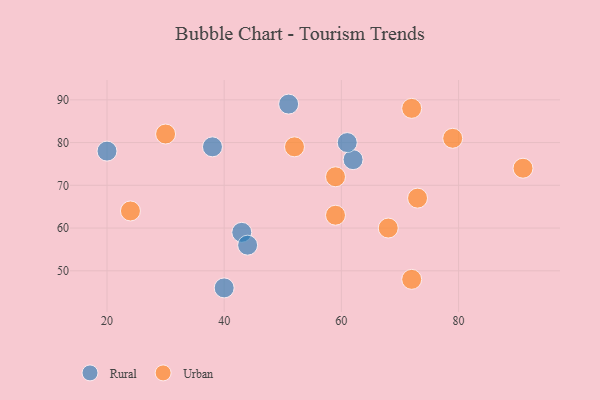
{"axis": {"x": "GDP", "y": "Life Expectancy"}, "legend": ["Rural", "Urban"], "data": [{"x": "43", "y": 59, "type": "Rural"}, {"x": "51", "y": 89, "type": "Rural"}, {"x": "44", "y": 56, "type": "Rural"}, {"x": "62", "y": 76, "type": "Rural"}, {"x": "40", "y": 46, "type": "Rural"}, {"x": "38", "y": 79, "type": "Rural"}, {"x": "61", "y": 80, "type": "Rural"}, {"x": "20", "y": 78, "type": "Rural"}, {"x": "72", "y": 88, "type": "Urban"}, {"x": "79", "y": 81, "type": "Urban"}, {"x": "68", "y": 60, "type": "Urban"}, {"x": "24", "y": 64, "type": "Urban"}, {"x": "30", "y": 82, "type": "Urban"}, {"x": "52", "y": 79, "type": "Urban"}, {"x": "59", "y": 63, "type": "Urban"}, {"x": "73", "y": 67, "type": "Urban"}, {"x": "91", "y": 74, "type": "Urban"}, {"x": "72", "y": 48, "type": "Urban"}, {"x": "59", "y": 72, "type": "Urban"}]}